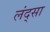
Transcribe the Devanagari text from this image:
लंद्सा